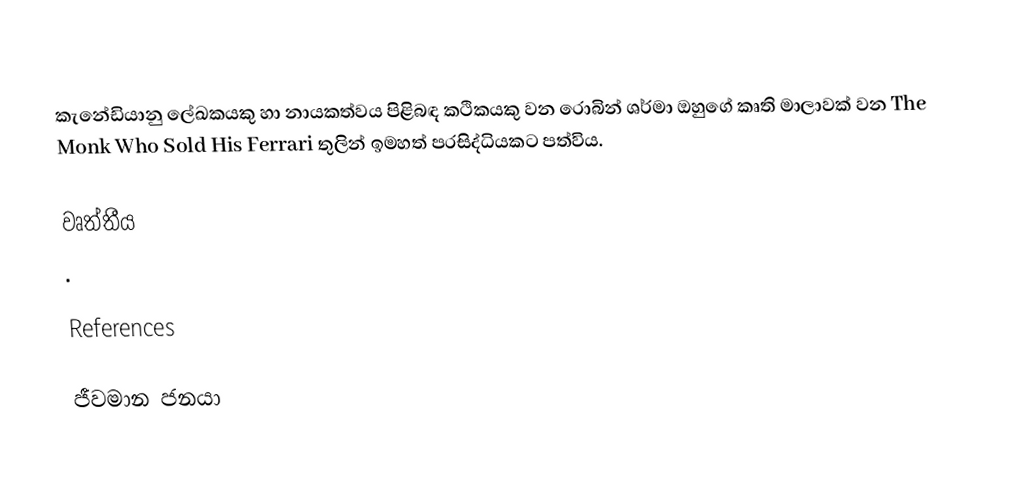
කැනේඩියානු ලේඛකයකු හා  නායකත්වය පිළිබඳ කථිකයකු වන රොබින් ශර්මා ඔහුගේ කෘති මාලාවක් වන The Monk Who Sold His Ferrari තුලින් ඉමහත් ප‍්‍රසිද්ධියකට පත්විය.

වෘත්තීය
 .

References

ජීවමාන ජනයා